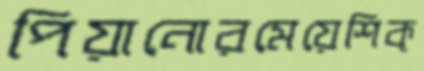
পিয়ানোরমেয়েশিক্